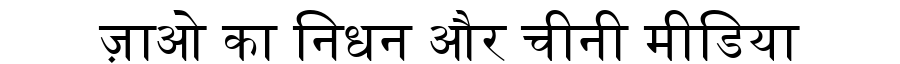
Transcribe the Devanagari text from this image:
ज़ाओ का निधन और चीनी मीडिया